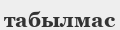
табылмас